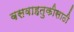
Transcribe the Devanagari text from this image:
बसवाहतुकीसाठी